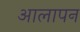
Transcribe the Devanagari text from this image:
आलापन